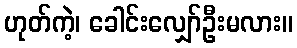
ဟုတ်ကဲ့၊ ခေါင်းလျှော်ဦးမလား။